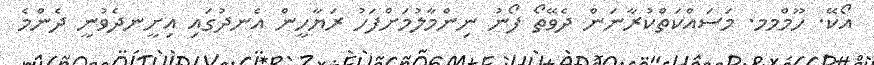
އޯކޭ. ހޫމްމމ. މަސައްކަތްކުރާނަން ދެވޭތޯ ފޯނު ނިންމާލުމަށްފަހު ރަޔާހީން އެނދުގައި އިށީނދެވުނީ ދެންމެ